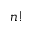
n !